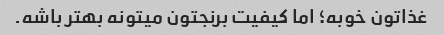
غذاتون خوبه؛ اما کیفیت برنجتون میتونه بهتر باشه.